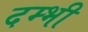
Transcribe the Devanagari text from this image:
दम्भी